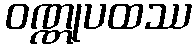
ဝဏ္ဏုပထဿ